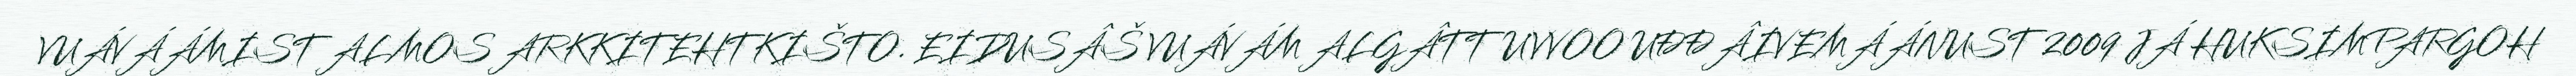
VUÁVÁÁMIST ALMOS ARKKITEHTKIŠTO. EIDUSÂŠ VUÁVÁM ALGÂTTUVVOO UĐĐÂIVEMÁÁNUST 2009 JÁ HUKSIMPARGOH